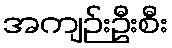
အကျဉ်းဦးစီး